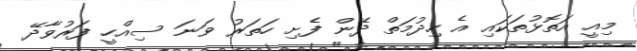
މިއީ އަތޮޅުތަކައި އެ ހިދުމަތް ދޭން ފެށި ހަތަރު ވަނަ ސިއްހީ ފަރުވާދޭ